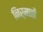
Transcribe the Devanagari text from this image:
निर्मातों